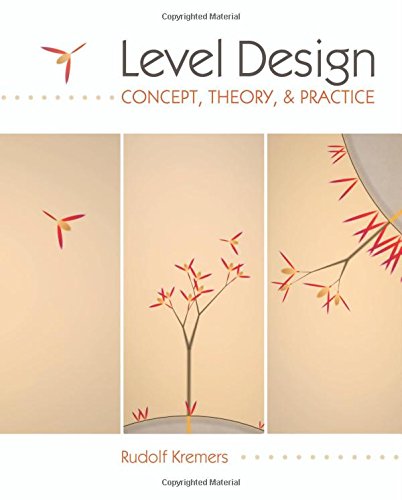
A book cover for Level Design: Concept, Theory, and Practice; Rudolf Kremers; Computers & Technology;